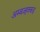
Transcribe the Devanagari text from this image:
अम्बज्हक्कड़